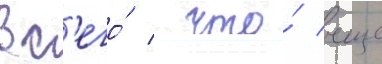
вс'его́ / что́ еще